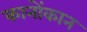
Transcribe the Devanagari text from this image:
कानोंकान